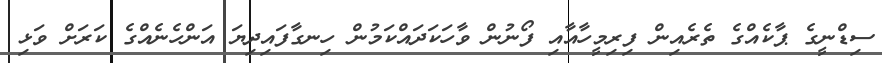
ސިޑްނީގެ ޕާކެއްގެ ތެރެއިން ފިރިމީހާއާއި ފޯނުން ވާހަކަދައްކަމުން ހިނގާފައިދިޔަ އަންހެނެއްގެ ކަރަށް ވަޅި